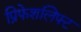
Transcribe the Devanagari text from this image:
प्रिफेशलिफ्ट